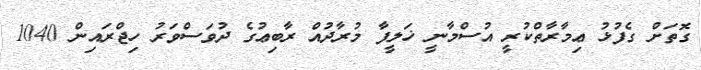
ގޮތަށް ގެފުޅު ޢިމާރާތްކުރީ އުސްމާނީ ޚަލީފާ މުރާދުއް ރާބިޢުގެ ދުވަސްވަރު ހިޖްރައިން 1040